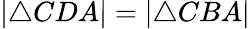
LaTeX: |\triangle CDA|=|\triangle CBA|